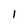
Character: 1